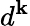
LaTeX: d^{\mathbf{k}}